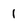
Character: 1